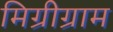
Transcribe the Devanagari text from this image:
मिग्रीग्राम